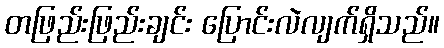
တဖြည်းဖြည်းချင်း ပြောင်းလဲလျက်ရှိသည်။